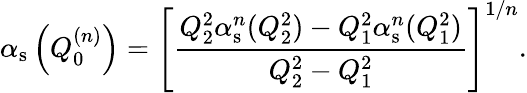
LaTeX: \alpha_{\mathrm{s}}\left(Q_{0}^{(n)}\right)=\left[\frac{Q_{2}^{2}\alpha_{\mathrm{s}}^{n}(Q_{2}^{2})-Q_{1}^{2}\alpha_{\mathrm{s}}^{n}(Q_{1}^{2})}{Q_{2}^{2}-Q_{1}^{2}}\right]^{1/n}.